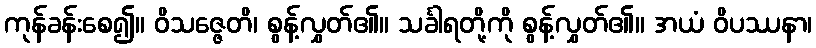
ကုန်ခန်းစေ၍။ ဝိသဇ္ဇေတိ၊ စွန့်လွှတ်၏။ သင်္ခါရတို့ကို စွန့်လွှတ်၏။ အယံ ဝိပဿနာ၊